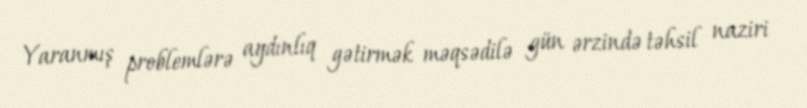
Yaranmış problemlərə aydınlıq gətirmək məqsədilə gün ərzində təhsil naziri